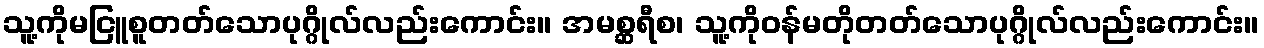
သူ့ကိုမငြူစူတတ်သောပုဂ္ဂိုလ်လည်းကောင်း။ အမစ္ဆရီစ၊ သူ့ကိုဝန်မတိုတတ်သောပုဂ္ဂိုလ်လည်းကောင်း။